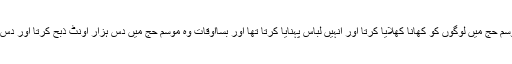
اس کی وجہ یہ تھی کہ وہ موسمِ حج میں لوگوں کو کھانا کھلایا کرتا اور انہیں لباس پہنایا کرتا تھا اور بسااوقات وہ موسمِ حج میں دس ہزار اونٹ ذبح کرتا اور دس ہزار ناداروں کو لباس پہناتا۔